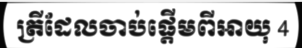
ត្រីដែលចាប់ផ្តើមពីអាយុ 4